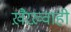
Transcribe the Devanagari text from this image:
ख़ैरख़्वाही